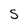
Character: S